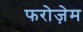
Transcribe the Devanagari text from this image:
फरोज़ेम